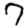
Digit: 7